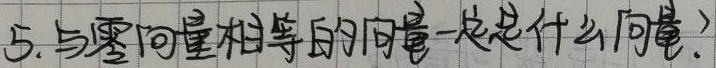
5. 与零向量相等的向量一定是什么向量？